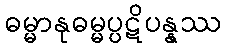
ဓမ္မာနုဓမ္မပ္ပဋိပန္နဿ